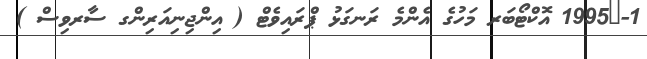
1-	1995 އޮކްޓޯބަރ މަހުގެ އެންމެ ރަނގަޅު ޕްރައިވެޓް ( އިންޖިނިއަރިންގ ސާރވިސް )